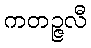
ကတဉ္ဇလီ